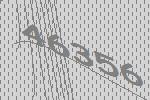
46356